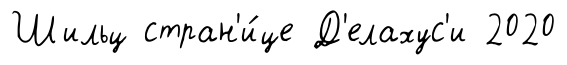
Шильц стран'и́це Д'елахус'и 2020